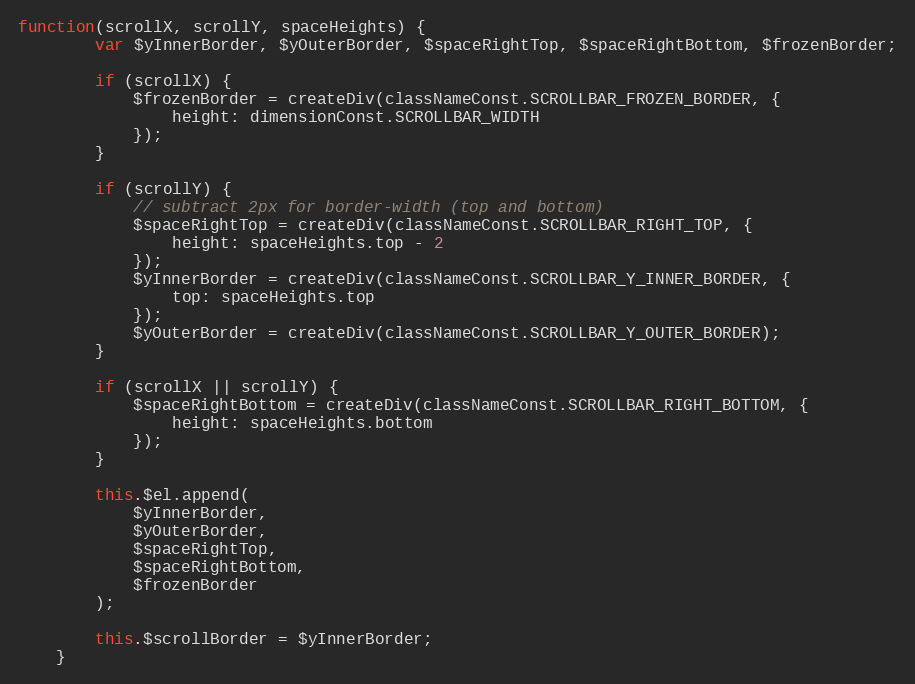
Language: JavaScript
function(scrollX, scrollY, spaceHeights) {
        var $yInnerBorder, $yOuterBorder, $spaceRightTop, $spaceRightBottom, $frozenBorder;

        if (scrollX) {
            $frozenBorder = createDiv(classNameConst.SCROLLBAR_FROZEN_BORDER, {
                height: dimensionConst.SCROLLBAR_WIDTH
            });
        }

        if (scrollY) {
            // subtract 2px for border-width (top and bottom)
            $spaceRightTop = createDiv(classNameConst.SCROLLBAR_RIGHT_TOP, {
                height: spaceHeights.top - 2
            });
            $yInnerBorder = createDiv(classNameConst.SCROLLBAR_Y_INNER_BORDER, {
                top: spaceHeights.top
            });
            $yOuterBorder = createDiv(classNameConst.SCROLLBAR_Y_OUTER_BORDER);
        }

        if (scrollX || scrollY) {
            $spaceRightBottom = createDiv(classNameConst.SCROLLBAR_RIGHT_BOTTOM, {
                height: spaceHeights.bottom
            });
        }

        this.$el.append(
            $yInnerBorder,
            $yOuterBorder,
            $spaceRightTop,
            $spaceRightBottom,
            $frozenBorder
        );

        this.$scrollBorder = $yInnerBorder;
    }